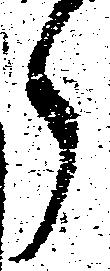
ら